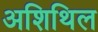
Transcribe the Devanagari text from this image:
अशिथिल